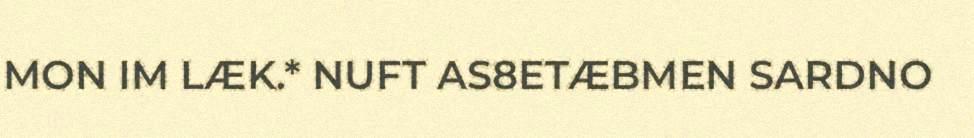
MON IM LÆK.* NUFT AS8ETÆBMEN SARDNO